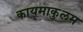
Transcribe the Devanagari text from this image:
कायमाकुलम